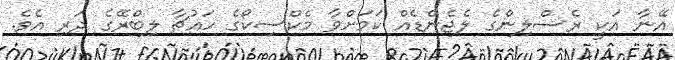
އޭނާ އަކީ ރެސްލިންގެ ލެޖެންޑެއް ކަމަށްވާ މެކްސިކޯގެ ހައުޗާ ލިބްރޭގެ ދަރި އެވެ.